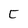
Character: C